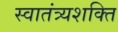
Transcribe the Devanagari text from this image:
स्वातंत्र्यशक्ति